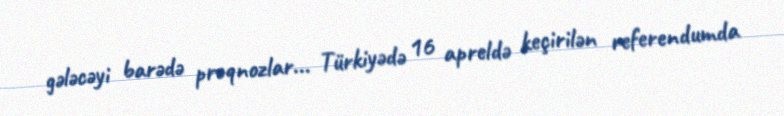
gələcəyi barədə proqnozlar... Türkiyədə 16 apreldə keçirilən referendumda